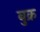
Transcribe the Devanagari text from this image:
बुक्र